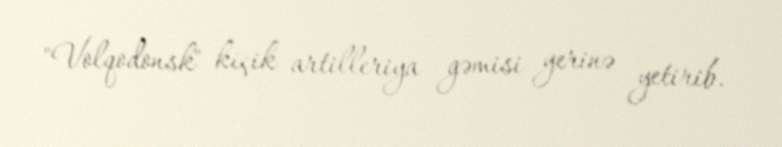
"Volqodonsk" kiçik artilleriya gəmisi yerinə yetirib.